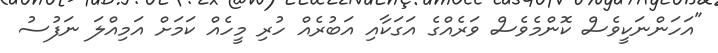
"އަހަންނަކީވެސް ކޮންމެވެސް ވަރެއްގެ އަގަކާއި އަބުރެއް ހުރި މީހެއް ކަމަށް އަމިއްލަ ނަފުސު